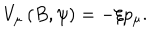
LaTeX: V _ { \mu } \left( B , \psi \right) = - \xi p _ { \mu } .